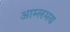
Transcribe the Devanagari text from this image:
आम्लमय